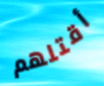
أقتلهم